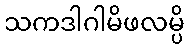
သကဒါဂါမိဖလမ္ပိ